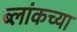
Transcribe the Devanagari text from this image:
ब्लांकच्या